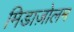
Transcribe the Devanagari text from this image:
मिडाज़ोलम